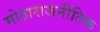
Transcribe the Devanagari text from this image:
मोठाराजनीतिक